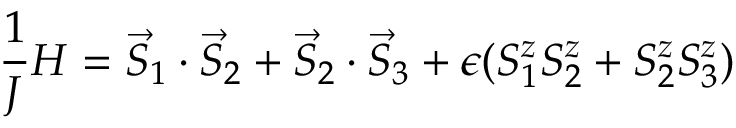
\frac { 1 } { J } H = \vec { S } _ { 1 } \cdot \vec { S } _ { 2 } + \vec { S } _ { 2 } \cdot \vec { S } _ { 3 } + \epsilon ( S _ { 1 } ^ { z } S _ { 2 } ^ { z } + S _ { 2 } ^ { z } S _ { 3 } ^ { z } )